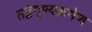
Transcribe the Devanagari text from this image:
तद्वेगुण्यक्रमेण